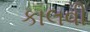
કાલવી